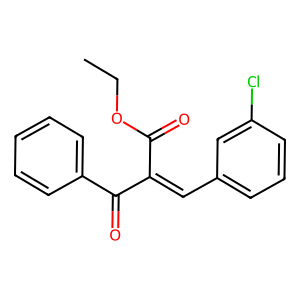
SMILES: CCOC(=O)C(=Cc1cccc(Cl)c1)C(=O)c1ccccc1
Inhibits HIV replication: No